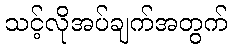
သင့်လိုအပ်ချက်အတွက်